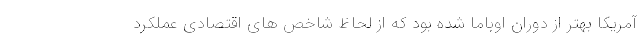
آمریکا بهتر از دوران اوباما شده بود که از لحاظ شاخص های اقتصادی عملکرد